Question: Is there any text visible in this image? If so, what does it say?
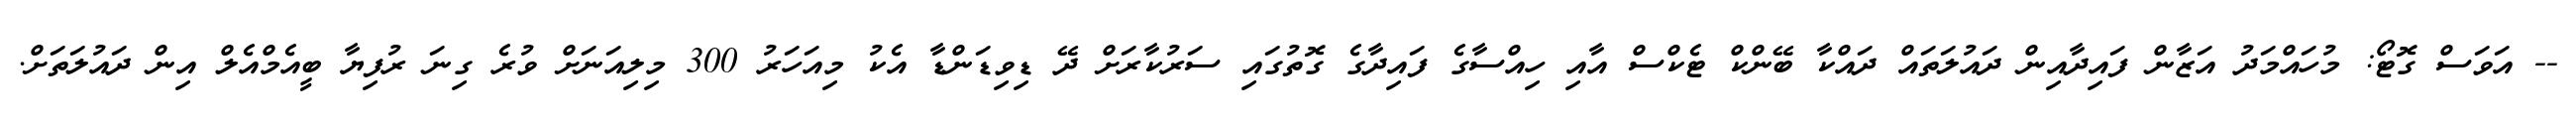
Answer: -- އަވަސް ގޮޓޯ: މުހައްމަދު އަޒާން ފައިދާއިން ދައުލަތައް ދައްކާ ބޭންކް ޓެކްސް އާއި ހިއްސާގެ ފައިދާގެ ގޮތުގައި ސަރުކާރަށް ދޭ ޑިވިޑަންޑާ އެކު މިއަހަރު 300 މިލިއަނަށް ވުރެ ގިނަ ރުފިޔާ ބީއެމްއެލް އިން ދައުލަތަށް.